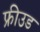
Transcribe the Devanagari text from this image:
फ्रीउड